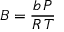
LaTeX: B = { \frac { b \, P } { R \, T } }